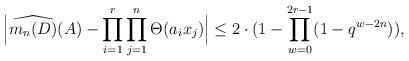
LaTeX: \begin{align*}& \Big| \widehat{m_n(D)} (A) - \prod_{i = 1}^r \prod_{j=1}^n \Theta (a_i x_j) \Big| \le 2 \cdot (1 - \prod_{w = 0}^{2r-1} (1 - q^{w-2n})), \end{align*}